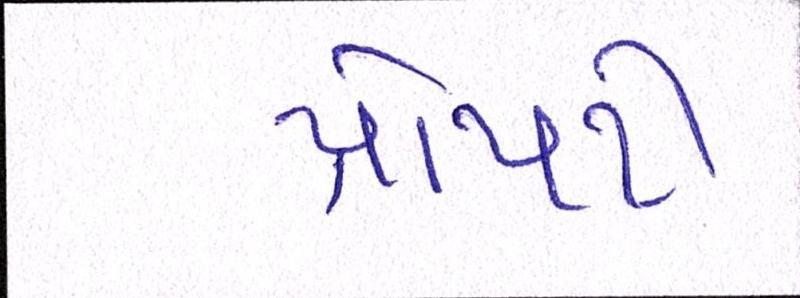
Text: પ્રોપર્ટી